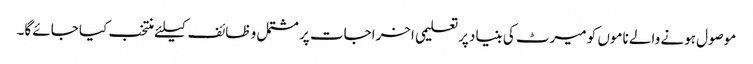
موصول ہونے والے ناموں کو میرٹ کی بنیاد پرتعلیمی اخراجات پر مشتمل و ظائف کیلئے منتخب کیا جائے گا۔